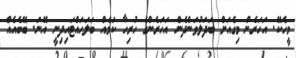
މީހެކޭ. އަހަރެން މިގެއަށް ބަދަލުވަންދެން އަހަރެންގެ ހުރިހާ ކަމެއް ބަލަހައްޓައިދިނީ އޭނަ. ބޭބެއެއް